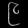
Digit: ၉